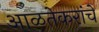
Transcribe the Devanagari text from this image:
आळतेकरांचे